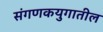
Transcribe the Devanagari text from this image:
संगणकयुगातील